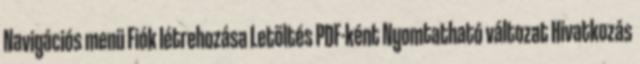
Navigációs menü Fiók létrehozása Letöltés PDF-ként Nyomtatható változat Hivatkozás